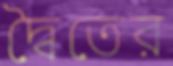
দ্বৈতের